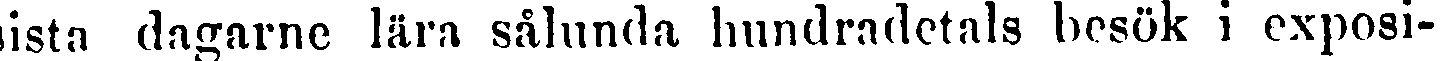
ista dagarne lära sålunda hundradetals besök i exposi-